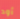
أود